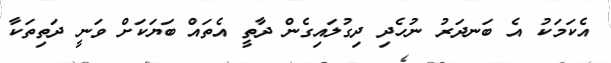
އެކަމަކު އެ ބަނދަރު ނުހެދި ދިގުލައިގެން ދާތީ އެތައް ބަޔަކަށް ވަނީ ދަތިތަކާ